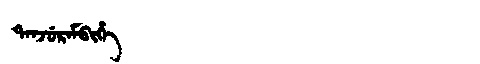
Manchu: ᡨᠠᠨᠵᡠᡵᠠᠮᠪᡳᡥᡝ
Romanization: TANJURAMBIHE